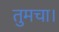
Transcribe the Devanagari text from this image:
तुमचा।